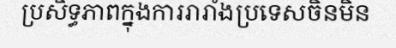
ប្រសិទ្ធភាពក្នុងការរារាំងប្រទេសចិនមិន